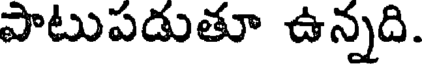
పాటుపడుతూ ఉన్నది.